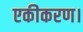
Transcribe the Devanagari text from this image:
एकीकरण।